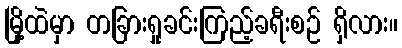
မြို့ထဲမှာ တခြားရှုခင်းကြည့်ခရီးစဉ် ရှိလား။